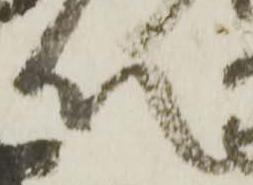
以